Indian Civil Veterinary Department memoirs
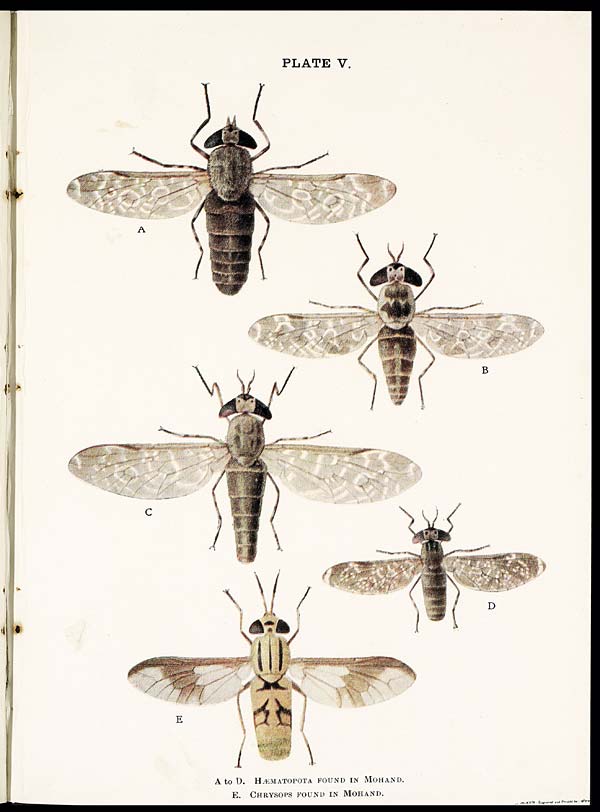
PLATE V.
A to D. HÆMATOPOTA FOUND IN MOHAND.
E. CHRYSOPS FOUND IN MOHAND.